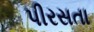
પીરસતા